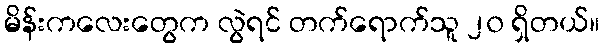
မိန်းကလေးတွေက လွဲရင် တက်ရောက်သူ ၂၀ ရှိတယ်။